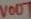
Text: VOUT